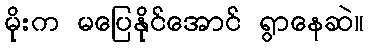
မိုးက မပြေနိုင်အောင် ရွာနေဆဲ။